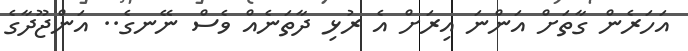
އަހަރެން ގާތަށް އަންނަ އިރަށް އެ ރުޅި ދާތަނެއް ވެސް ނޭނގެ.. އަންޖޫދާގެ